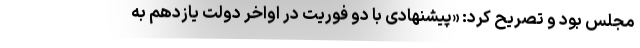
مجلس بود و تصریح کرد: «پیشنهادی با دو فوریت در اواخر دولت یازدهم به